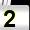
Digit: 2